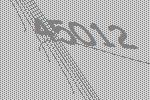
45012